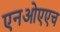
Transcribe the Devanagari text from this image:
एनओएएच